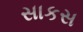
સાકસ